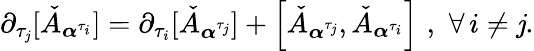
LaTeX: \partial_{\tau_{\mathit{j}}}[\check{{A}}_{\boldsymbol{\alpha}^{\tau_{i}}}]=\partial_{\tau_{i}}[\check{{A}}_{\boldsymbol{\alpha}^{\tau_{\mathit{j}}}}]+\left[\check{{A}}_{\boldsymbol{\alpha}^{\tau_{\mathit{j}}}},\check{{A}}_{\boldsymbol{\alpha}^{\tau_{i}}}\right]\, \, ,\, \, \forall\, i\neq\mathit{j}.